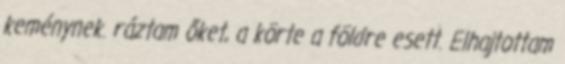
keménynek. ráztam őket, a körte a földre esett. Elhajtottam